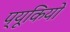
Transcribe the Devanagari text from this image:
प्यूकियो